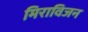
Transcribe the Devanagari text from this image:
मिराविजन